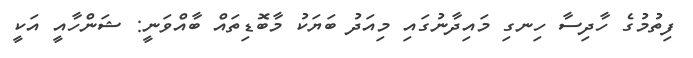
ފިތުމުގެ ހާދިސާ ހިނގި މައިދާނުގައި މިއަދު ބަޔަކު މާބޮޑިތައް ބާއްވަނީ: ޝަންހާއީ އަކީ